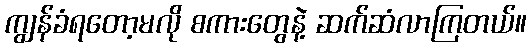
ကျွန်ခံရတော့မလို စကားတွေနဲ့ ဆက်ဆံလာကြတယ်။